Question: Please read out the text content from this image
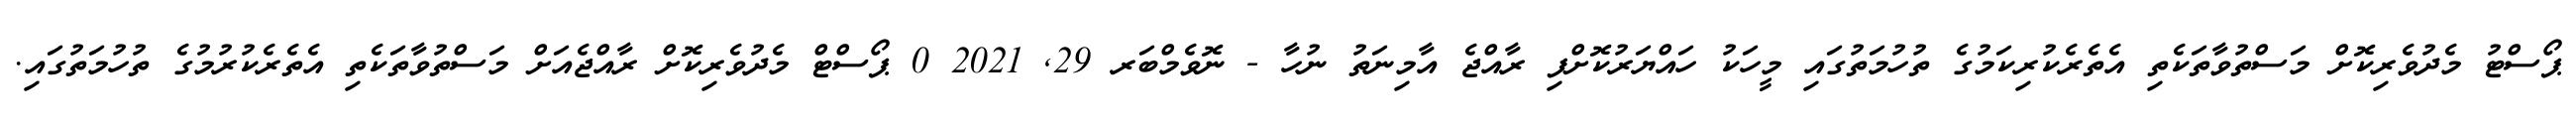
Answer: ޕޯސްޓު މެދުވެރިކޮށް މަސްތުވާތަކެތި އެތެރެކުރިކަމުގެ ތުހުމަތުގައި މީހަކު ހައްޔަރުކޮށްފި ރާއްޖެ އާމިނަތު ނުހާ - ނޮވެމްބަރ 29, 2021 0 ޕޯސްޓް މެދުވެރިކޮށް ރާއްޖެއަށް މަސްތުވާތަކެތި އެތެރެކުރުމުގެ ތުހުމަތުގައި.